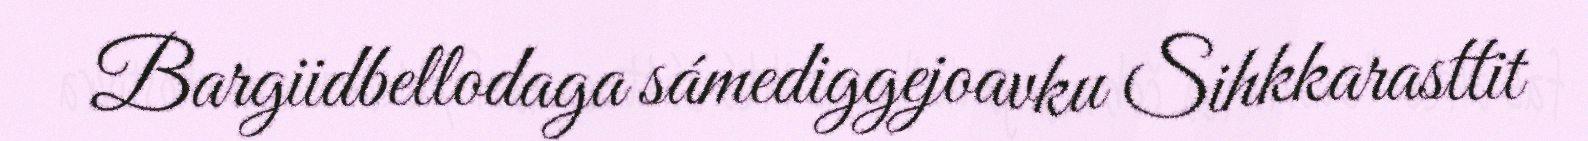
Bargiidbellodaga sámediggejoavku Sihkkarasttit